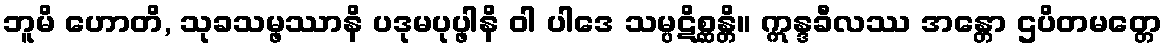
ဘူမိ ဟောတိ, သုခသမ္ဖဿာနိ ပဒုမပုပ္ဖါနိ ဝါ ပါဒေ သမ္ပဋိစ္ဆန္တိ။ ဣန္ဒခီလဿ အန္တော ဌပိတမတ္တေ